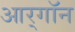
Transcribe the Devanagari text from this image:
आर्‌गॉन